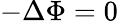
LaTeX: -\Delta\Phi=0